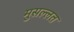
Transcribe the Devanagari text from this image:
मुसल्लत